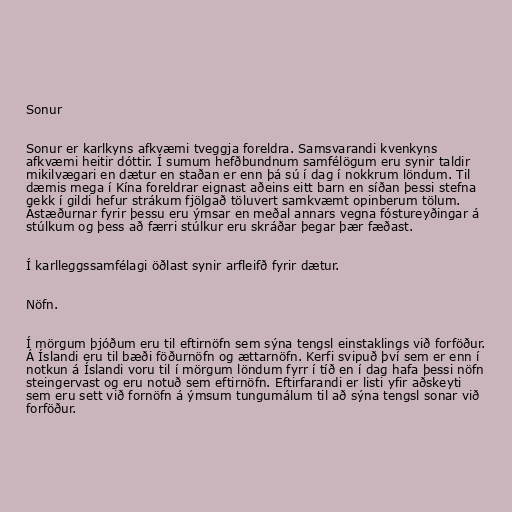
Sonur

Sonur er karlkyns afkvæmi tveggja foreldra. Samsvarandi kvenkyns
afkvæmi heitir dóttir. Í sumum hefðbundnum samfélögum eru synir taldir
mikilvægari en dætur en staðan er enn þá sú í dag í nokkrum löndum. Til
dæmis mega í Kína foreldrar eignast aðeins eitt barn en síðan þessi stefna
gekk í gildi hefur strákum fjölgað töluvert samkvæmt opinberum tölum.
Ástæðurnar fyrir þessu eru ýmsar en meðal annars vegna fóstureyðingar á
stúlkum og þess að færri stúlkur eru skráðar þegar þær fæðast.

Í karlleggssamfélagi öðlast synir arfleifð fyrir dætur.

Nöfn.

Í mörgum þjóðum eru til eftirnöfn sem sýna tengsl einstaklings við forföður.
Á Íslandi eru til bæði föðurnöfn og ættarnöfn. Kerfi svipuð því sem er enn í
notkun á Íslandi voru til í mörgum löndum fyrr í tíð en í dag hafa þessi nöfn
steingervast og eru notuð sem eftirnöfn. Eftirfarandi er listi yfir aðskeyti
sem eru sett við fornöfn á ýmsum tungumálum til að sýna tengsl sonar við
forföður.